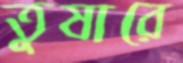
তুষারে